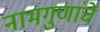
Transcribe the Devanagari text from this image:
नामगुणांचें